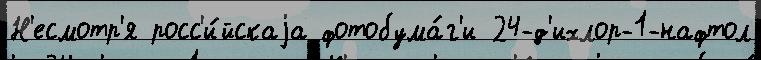
Н'есмотр'я росс'и́йскаjа фотобума́г'и 24-д'ихлор-1-нафтол